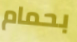
بحمام